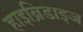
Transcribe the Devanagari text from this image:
हाइब्रिडाइज